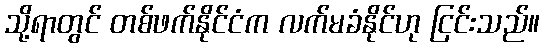
သို့ရာတွင် တစ်ဖက်နိုင်ငံက လက်မခံနိုင်ဟု ငြင်းသည်။